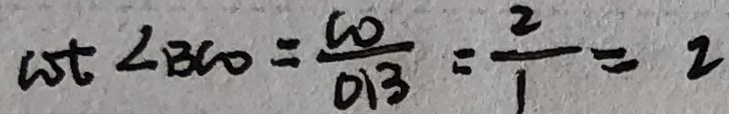
\cot \angle B C O = \frac { C O } { D B } = \frac { 2 } { 1 } = 2